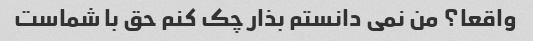
واقعا؟ من نمی دانستم بذار چک کنم حق با شماست